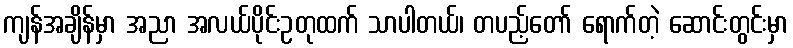
ကျန်အချိန်မှာ အညာ အလယ်ပိုင်းဥတုထက် သာပါတယ်၊ တပည့်တော် ရောက်တဲ့ ဆောင်းတွင်းမှာ